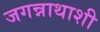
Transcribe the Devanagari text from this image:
जगन्नाथाशी